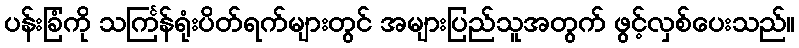
ပန်းခြံကို သင်္ကြန်ရုံးပိတ်ရက်များတွင် အများပြည်သူအတွက် ဖွင့်လှစ်ပေးသည်။